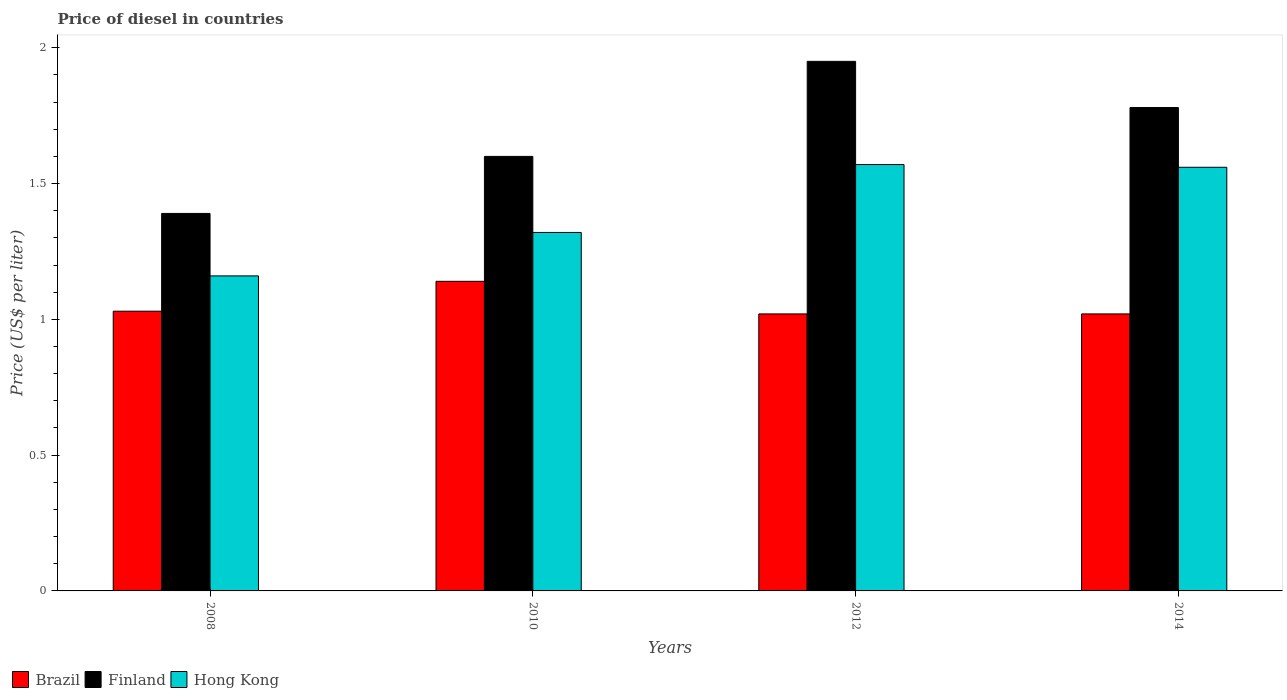
| Years | Brazil | Finland | Hong Kong |
 | --- | --- | --- | --- |
 | 2008 | 1.03 | 1.39 | 1.16 |
 | 2010 | 1.14 | 1.6 | 1.32 |
 | 2012 | 1.02 | 1.95 | 1.57 |
 | 2014 | 1.02 | 1.78 | 1.56 |